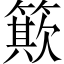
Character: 𥳽